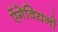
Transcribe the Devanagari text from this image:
ऐंगेवियनों